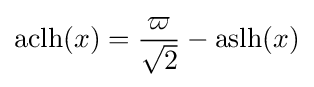
\operatorname {aclh} (x)={\frac {\varpi }{\sqrt {2}}}-\operatorname {aslh} (x)